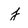
Character: j